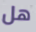
هل